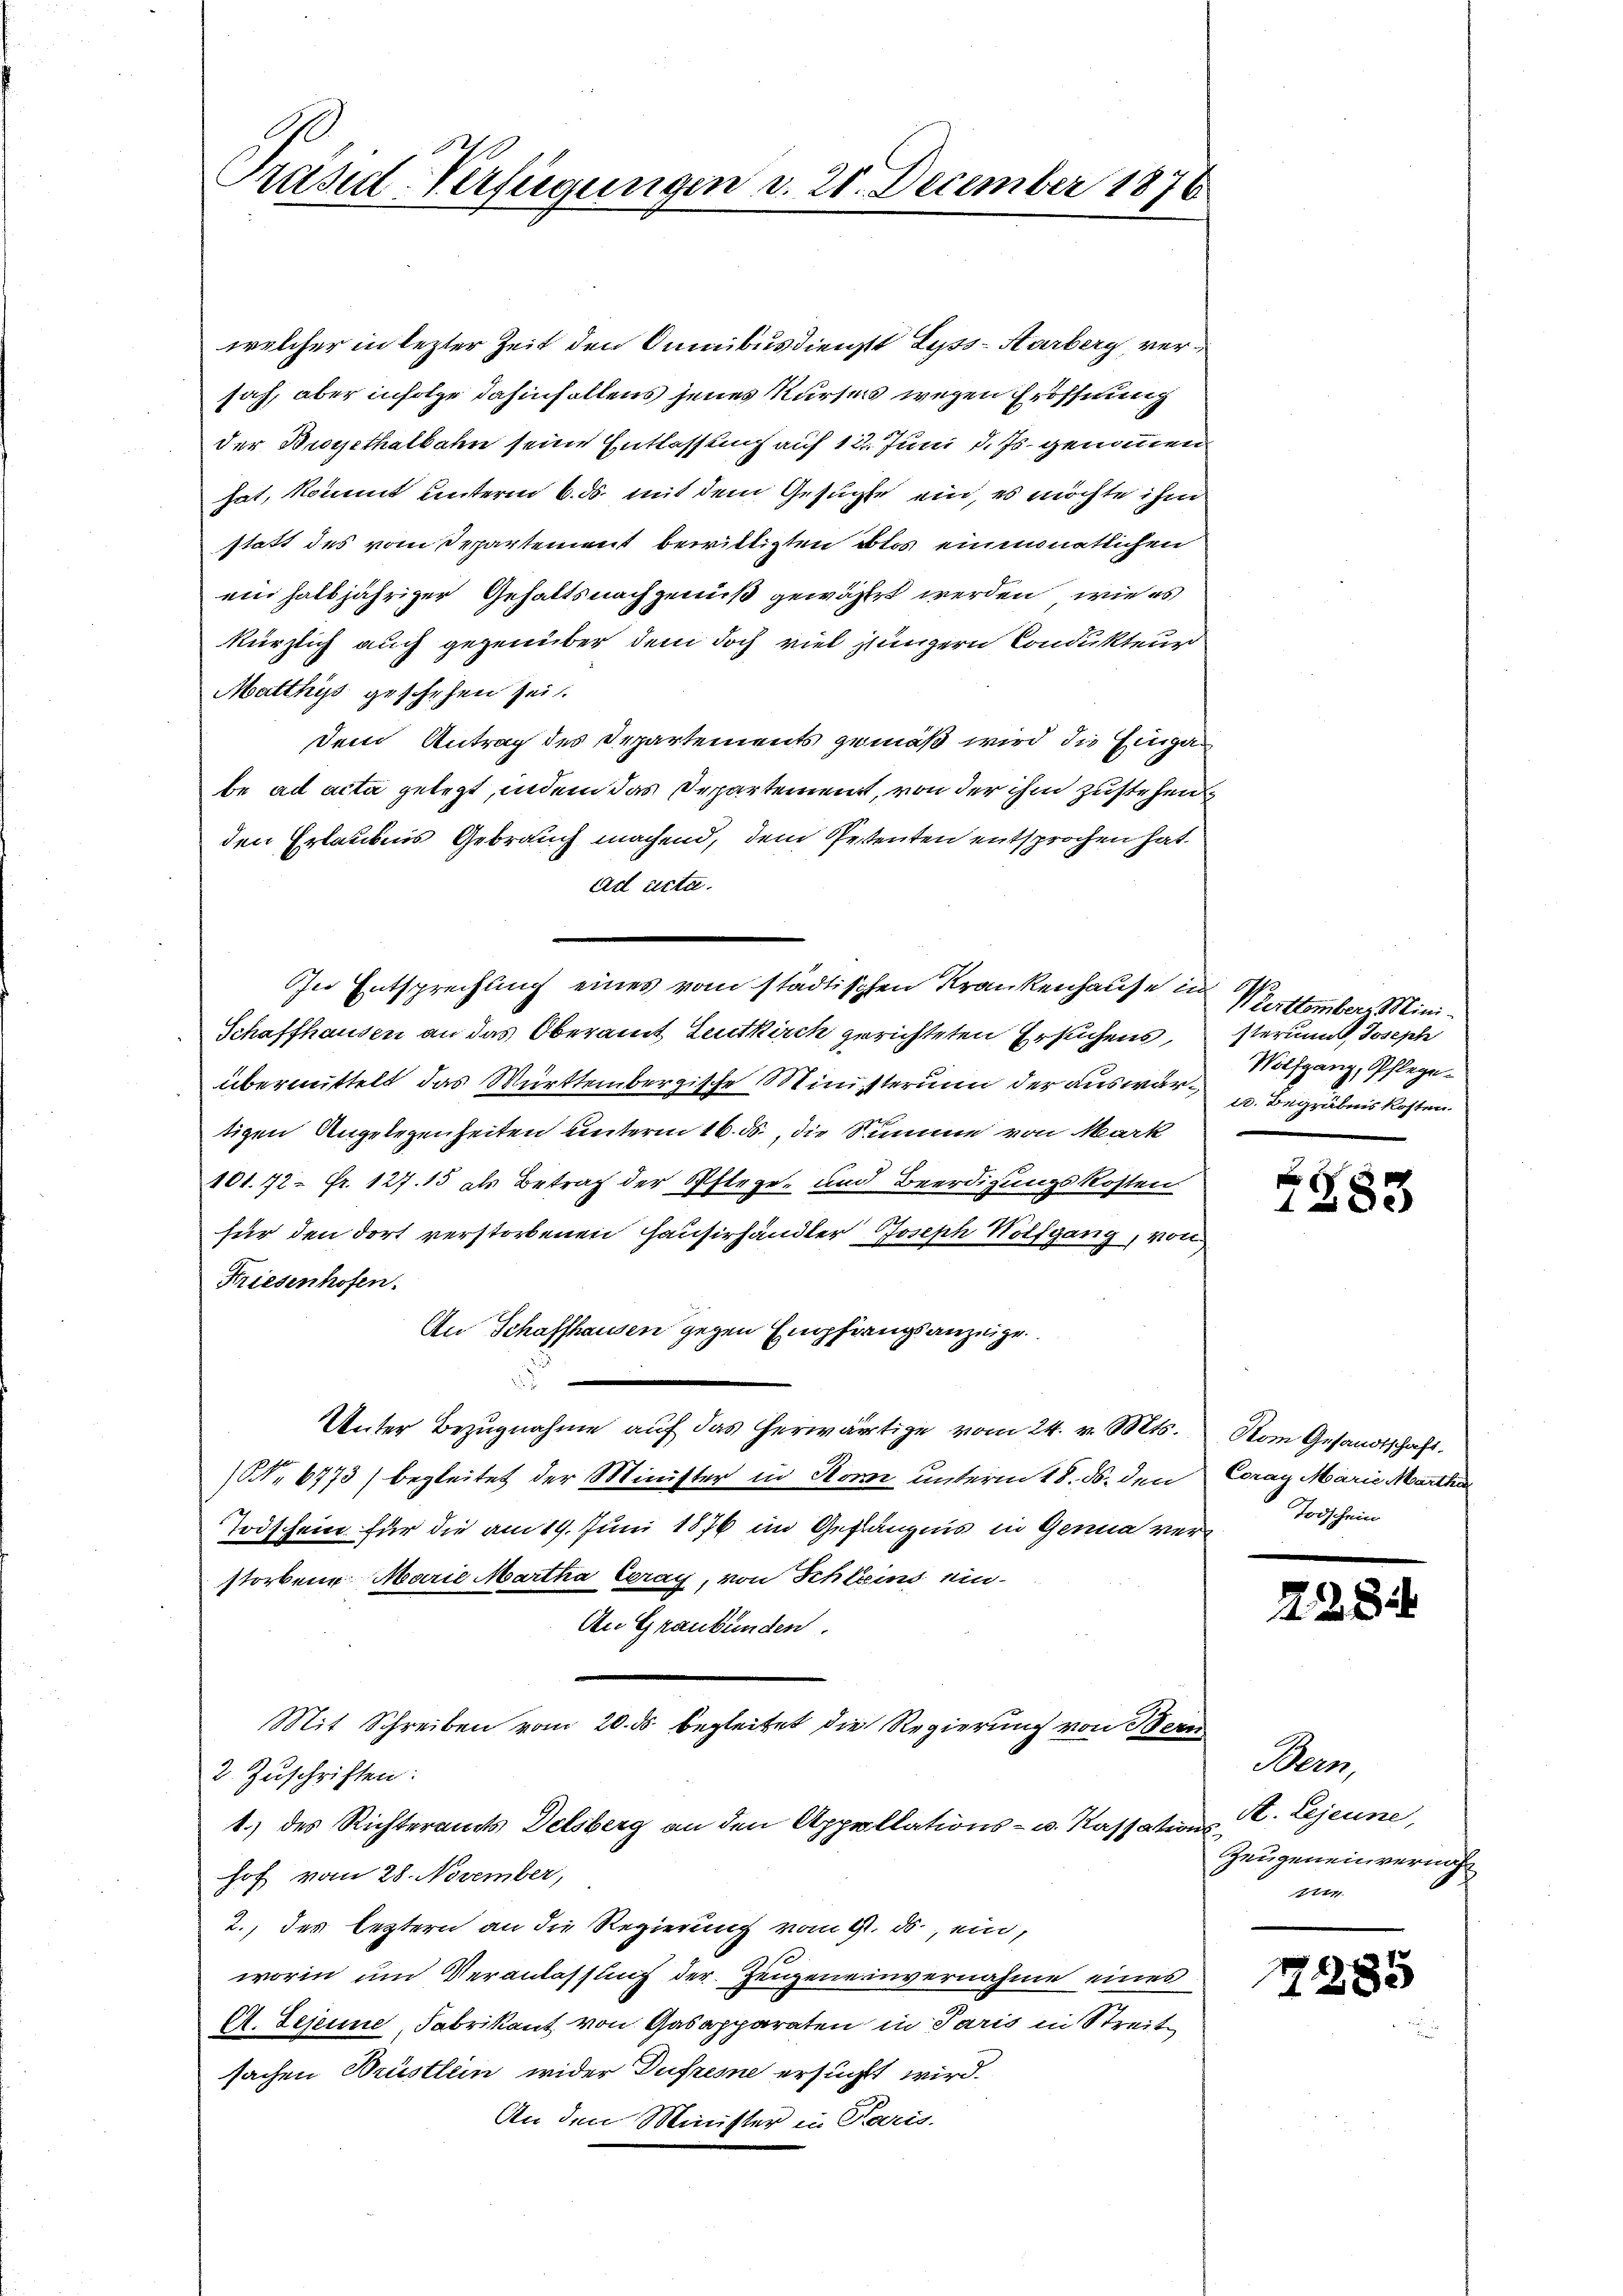
Präsid-Verfügungen d. 21. December 1876

welcher in lezter Zeit den Sumibus dienst Lyss-Aarberg, versah, aber infolge dahinfallens jenes Kurses wegen Eröffnung
der Brosethalbahn seine Entlassung auf 12. Juni d. Js. genommen
hat, kommt unterm 6. ds. mit dem Gesuchte ein, es möchte ihn
statt des vom Departement bewittigten Blos einmonatlichen
mie halbjähriger Gehaltsnachgenuß gewählt werden, wie es
kürzlich auch gegenüber dem doch viel jungern Condukteur
Matthys geschehen sei.
dem Antrag des Departements gemäß wird, die Eingabe ad acta gelegt, indem das Departement, von der ihm zustehenden Erlaubnis Gebrauch machend, dem Petenten entsprochen hat.
Ad acta.
In Entsprechung eines vom städtischen Krankenhause in Wettember Mini¬
Schaffhausen an das Oberamt Leutkirch gerichteten Ersuchens,
übermittelt das Württembergische Ministerium der aus war. Begräbnis kosten.
tigen Angelegenheiten unterm 16. ds., die Summe von Mark
101. 72 Fr. 127. 15 als Betrag der Pflege, und Beerdigungskosten
für den dort verstorbenen Hausirhandler Joseph Wolfgang, vol
Friesenhofen.
An Schaffhausen gegen Empfangsanzeige
.
Unter Bezugnahme auf das herwärtige vom 24. v. Mts.
NNo. 6773) begleitet der Minister in Son unterm 18. ds. den
Todschein für die am 19. Juni 1876 im Gefängnis in Genua vers Todschein
storbene Marie Martha Exray, von Schleins ein¬
An Graubünden.
Mit Schreiben vom 20. ds begleitet die Regierung von Bern
2. Zŭschriften:
1.) des Richteramts Delsberg an den Appellations- u. Kassationshof vom 28. November,
2., des leztern an die Regierung vom 9. ds., ein,
worin um Veranlassung der Zeugeneinvernahme eines
A. Sejeune, Fabrikant, von Gasapparaten in Paris in Streit
sachen Brüstlein wider Dufresne ersucht wird.
An den Minister in Paris.

steria Joseph
Wolfgang, Pflege¬

s
1283

Kom Gesandtschaft.
Coray Marie Martha

2234

Hern
A. Lejeune,
Zeugen einvernich
1744

7285